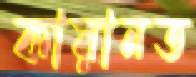
কায়ানত